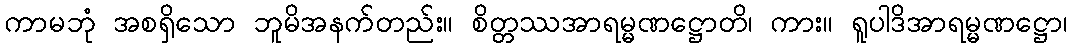
ကာမဘုံ အစရှိသော ဘူမိအနက်တည်း။ စိတ္တဿအာရမ္မဏဋ္ဌောတိ၊ ကား။ ရူပါဒိအာရမ္မဏဋ္ဌော၊